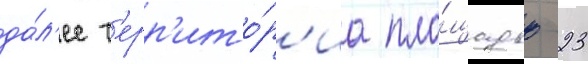
да́л'ее т'ерр'ито́р'иа пло́щадью 23